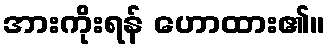
အားကိုးရန် ဟောထား၏။